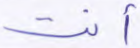
أنت